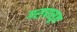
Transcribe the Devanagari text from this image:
गरापासून